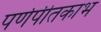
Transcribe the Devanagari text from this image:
पर्णपीतकाभ